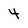
Character: 4